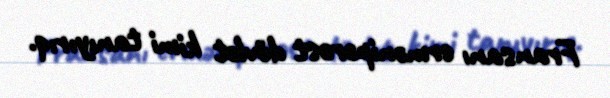
Fransanı ermənipərəst dövlət kimi tanıyırıq.